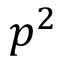
p ^ { 2 }